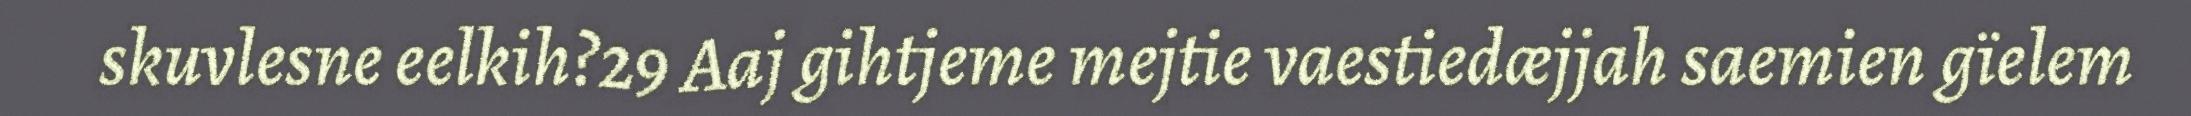
skuvlesne eelkih?29 Aaj gihtjeme mejtie vaestiedæjjah saemien gïelem